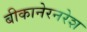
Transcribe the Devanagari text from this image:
बीकानेरनरेश